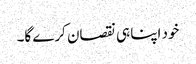
خود اپنا ہی نقصان کرے گا۔